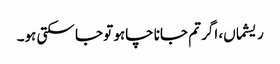
ریشماں، اگر تم جانا چاہو تو جا سکتی ہو۔